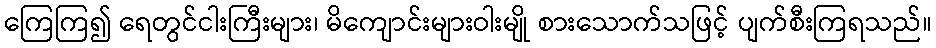
ကြေကြ၍ ရေတွင်ငါးကြီးများ၊ မိကျောင်းများဝါးမျို စားသောက်သဖြင့် ပျက်စီးကြရသည်။